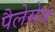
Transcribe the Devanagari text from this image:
पैलेसेज